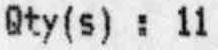
QTY(S) : 11